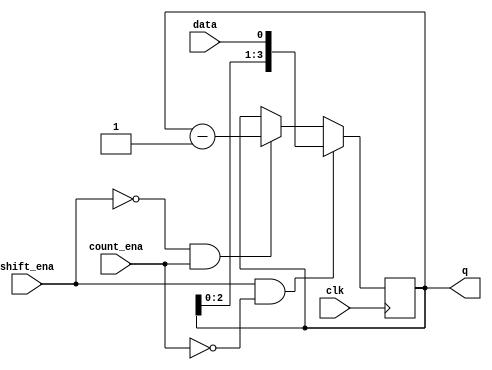
module top_module (
    input clk,
    input shift_ena,
    input count_ena,
    input data,
    output [3:0] q);
    
    always @(posedge clk) begin
        if(shift_ena&&!count_ena)
                q<={q[2:0],data};
        else if(!shift_ena&&count_ena)
                q<=q-4'd1;
        else    
                q<=q;
    end

endmodule